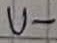
Text: U-